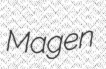
Magen